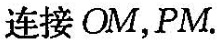
连接OM，PM.